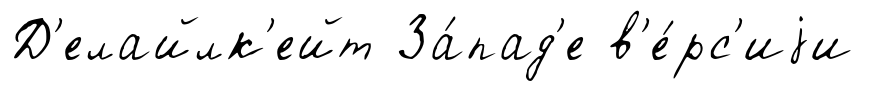
Д'елайлк'ейт За́пад'е в'е́рс'иjи